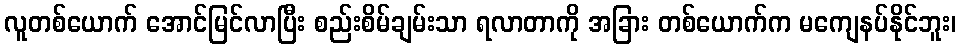
လူတစ်ယောက် အောင်မြင်လာပြီး စည်းစိမ်ချမ်းသာ ရလာတာကို အခြား တစ်ယောက်က မကျေနပ်နိုင်ဘူး၊